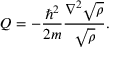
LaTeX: Q = - { \frac { \hbar ^ { 2 } } { 2 m } } { \frac { \nabla ^ { 2 } { \sqrt { \rho } } } { \sqrt { \rho } } } .